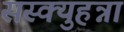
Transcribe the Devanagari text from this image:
सस्क्युहन्ना